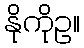
နိုကိုဥ။